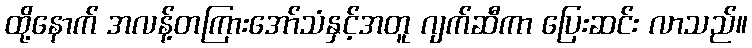
ထို့နောက် အလန့်တကြားအော်သံနှင့်အတူ ဂျက်ဆီကာ ပြေးဆင်း လာသည်။